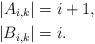
LaTeX: \begin{align*}|A_{i,k}| & = i +1,\\|B_{i,k}| & = i.\end{align*}